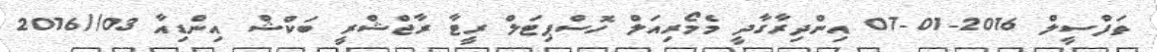
ތަފްސީލް 2016-01-07 އިންދިރާގާދީ މެމޯރިއަލް ހޮސްޕިޓަލް ރީޓާ ރާޖްޝްރީ ބަކްޝް އިންޑިއާ 03//2016